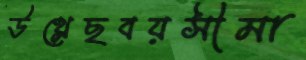
উথ্‌লেছবয়সীমা